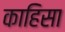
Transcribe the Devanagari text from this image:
काहिसा